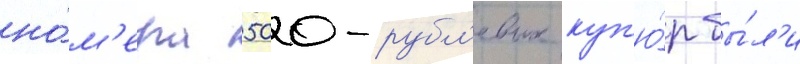
но́м'ера 500-рубл'евых куп'ю́р бы́л'и